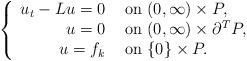
LaTeX: \begin{align*}\begin{aligned}\left\{\begin{array}{rl}u_t-Lu=0 & \hbox{ on } (0,\infty)\times P,\\u=0&\hbox{ on } (0,\infty)\times \partial^T P,\\ u = f_k& \hbox{ on } \{0\}\times P.\end{array} \right.\end{aligned}\end{align*}